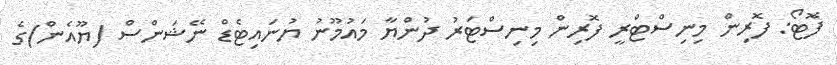
ފޮޓޯ: ފޮރިން މިނިސްޓްރީ ފޮރިން މިނިސްޓަރު ދުންޔާ މައުމޫނު ޔުނައިޓެޑް ނޭޝަންސް (ޔޫއެން)ގެ